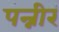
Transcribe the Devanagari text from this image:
पन्नीर